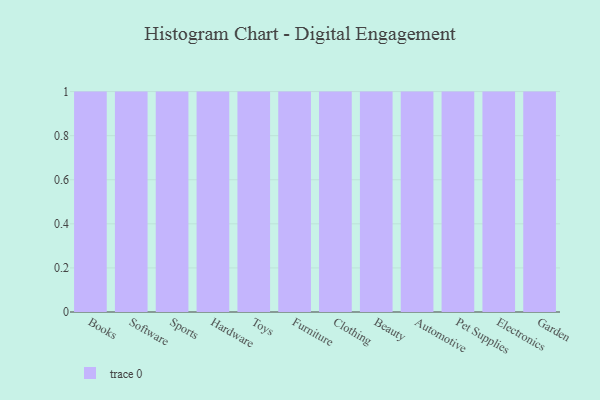
{"axis": {"x": "Category", "y": "Inventory Turnover"}, "legend": [""], "data": [{"x": "Books", "y": 6, "type": ""}, {"x": "Software", "y": 11, "type": ""}, {"x": "Sports", "y": 30, "type": ""}, {"x": "Hardware", "y": 50, "type": ""}, {"x": "Toys", "y": 50, "type": ""}, {"x": "Furniture", "y": 45, "type": ""}, {"x": "Clothing", "y": 73, "type": ""}, {"x": "Beauty", "y": 43, "type": ""}, {"x": "Automotive", "y": 59, "type": ""}, {"x": "Pet Supplies", "y": 73, "type": ""}, {"x": "Electronics", "y": 89, "type": ""}, {"x": "Garden", "y": 92, "type": ""}]}